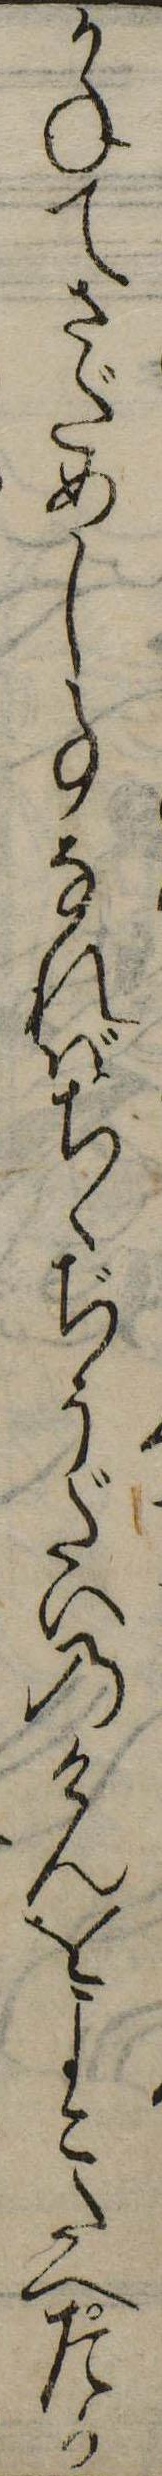
かねてさだめし事なればちゝぢうだいのけんをよこたへたか